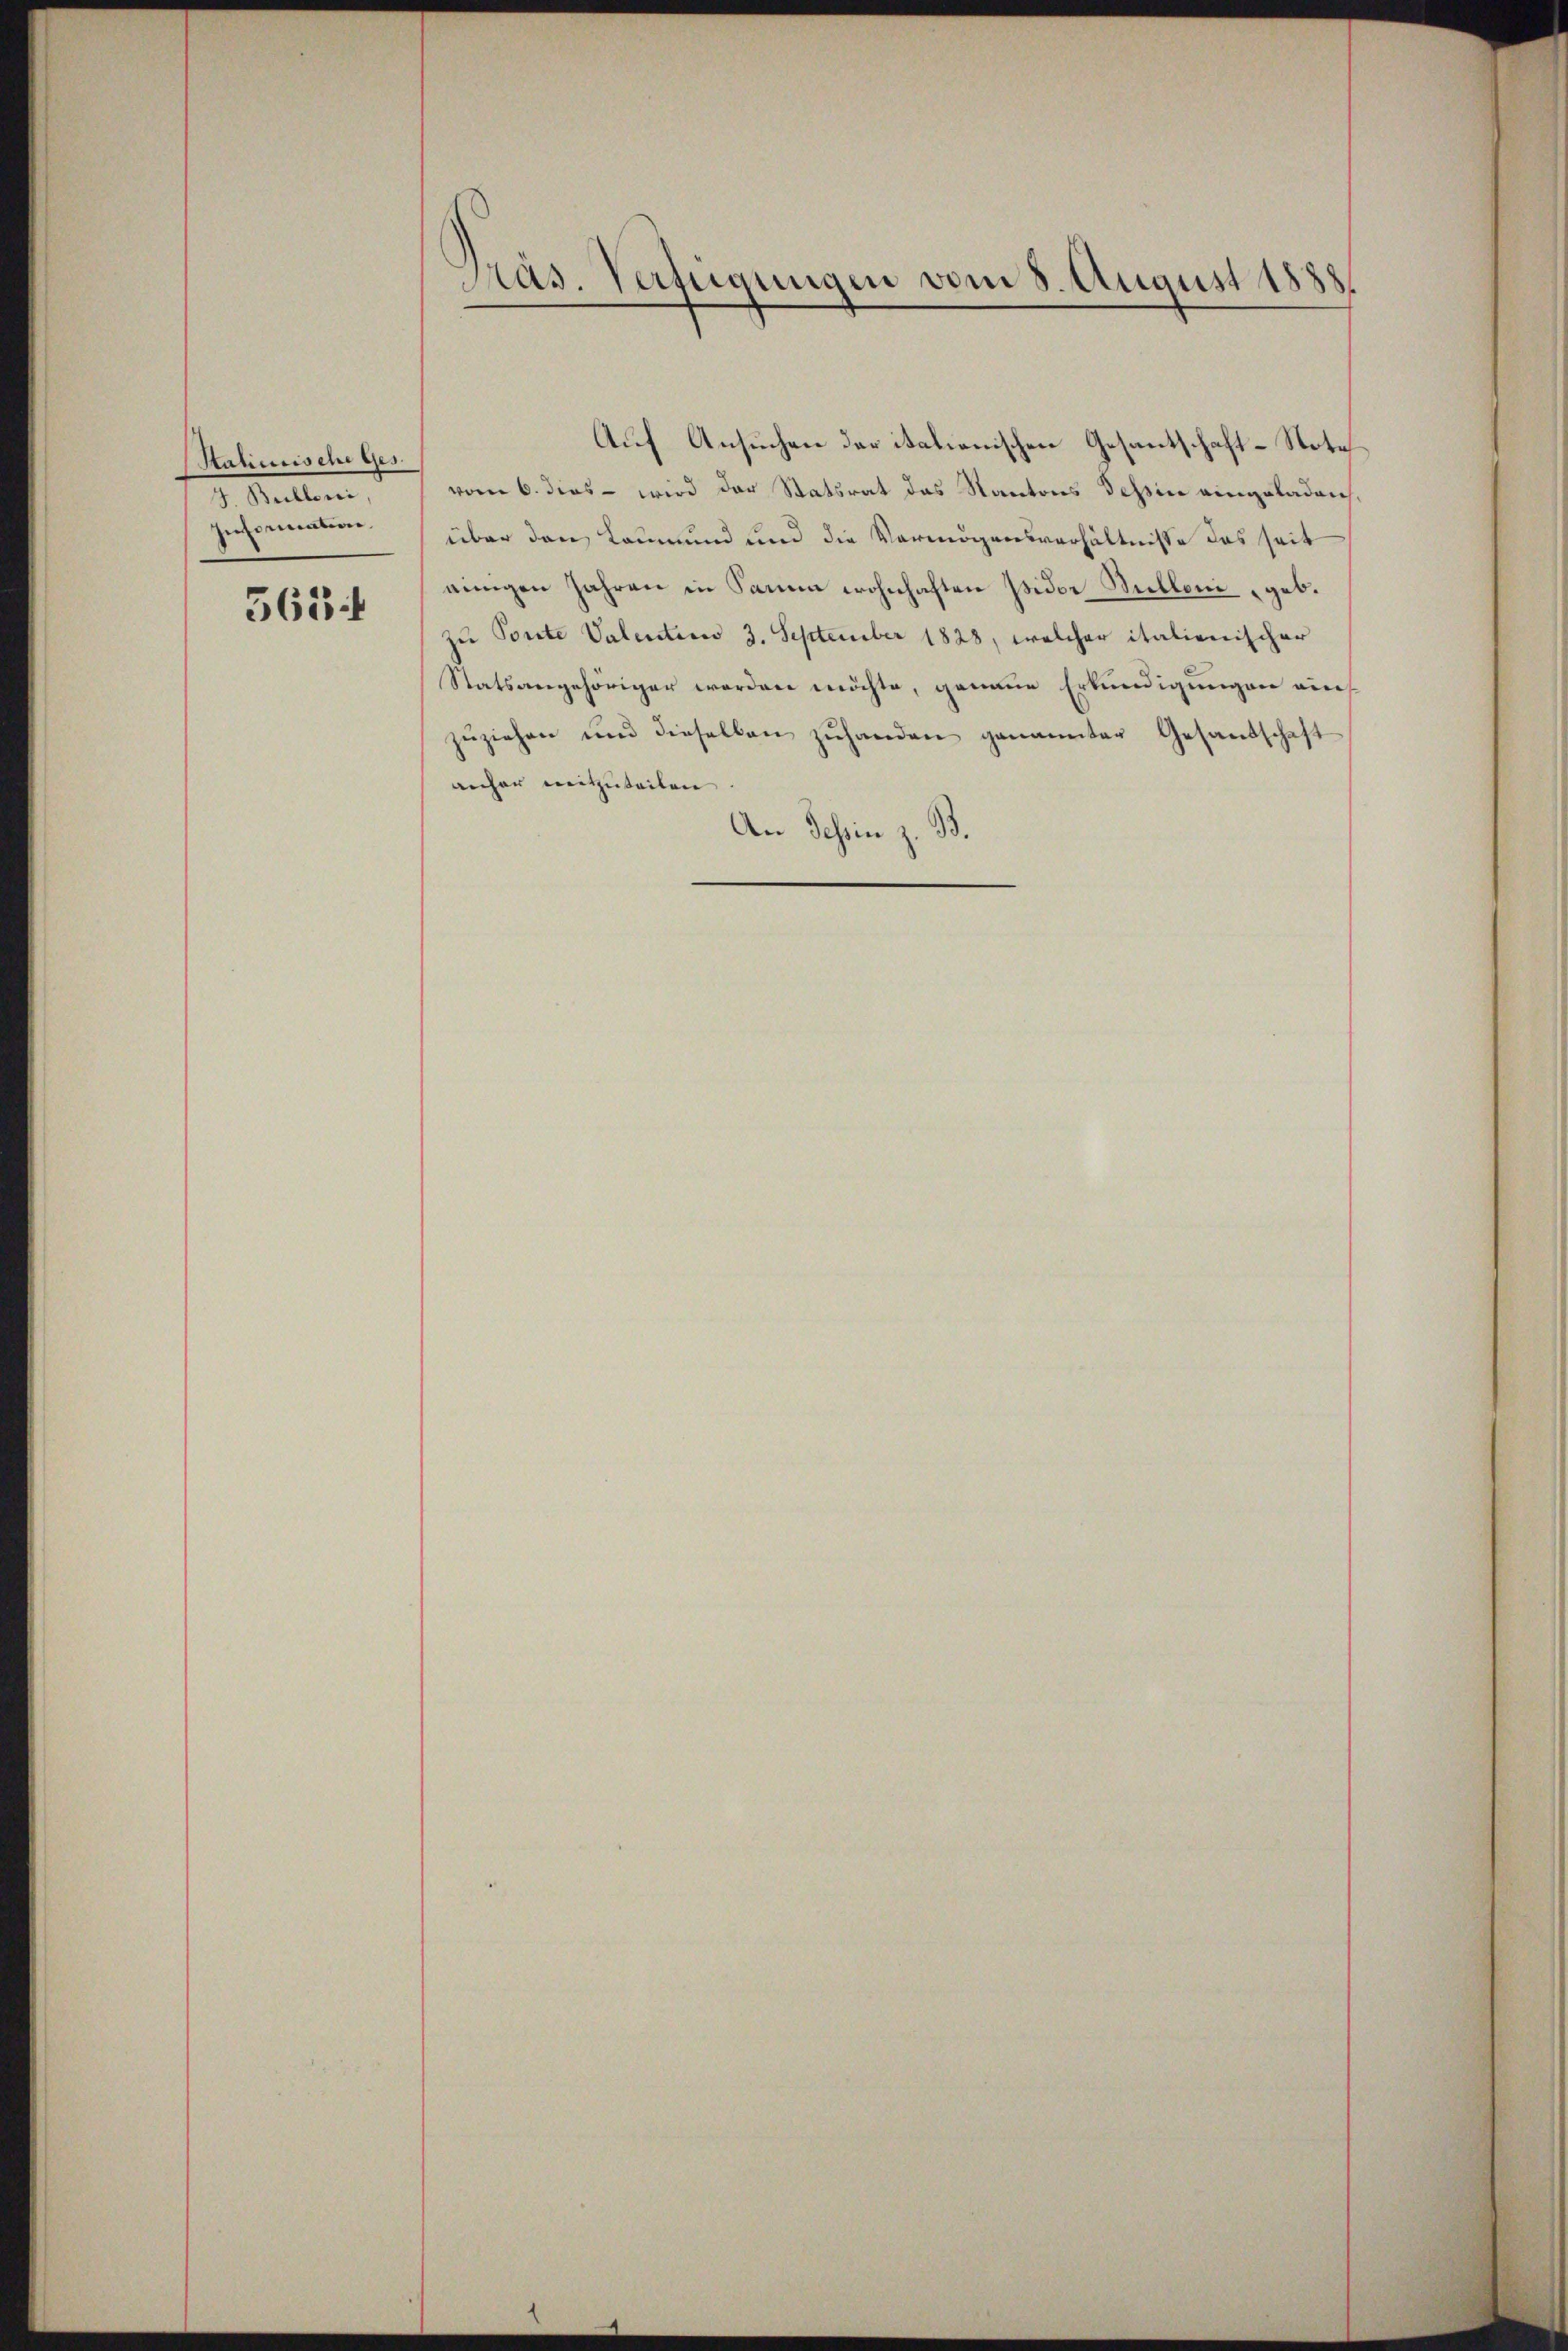
Stalienische Ges.
I. Mitten
Information.

563 f

Präs. Verfügungen vom 8. August 1888

Auf Ansuchen der italienischen Gesantschaft-Stote
vom 6. dies - wird der Statsrat das Kantons Tessine eingeladen,
über den Leumund und die Vermögensverhältnisse das seit
einigen Jahren in Sammen wohnhaften Wider Sulloni geb.
zu Ponte Valenten 3. September 1828, welcher italienischer
Statsangehöriger werden möchte, genaue Erkundigungen eines
zŭziehen und dieselben zŭhanden genannter Gesandschaft
anher mitzuteilen
An Tessin z. B.